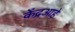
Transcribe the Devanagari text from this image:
केंद्रआहे